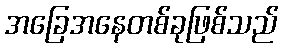
အခြေအနေတစ်ခုဖြစ်သည်